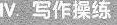
Ⅳ. 写作操练